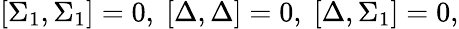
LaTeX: \lbrack\Sigma_{1},\Sigma_{1}]=0,\; [\Delta,\Delta]=0,\; [\Delta,\Sigma_{1}]=0,